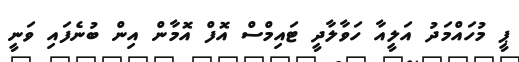
ޕީ މުހައްމަދު އަލީއާ ހަވާލާދީ ޓައިމްސް އޮފް އޮމާން އިން ބުނެފައި ވަނީ